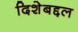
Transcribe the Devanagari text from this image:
दिशेबद्दल